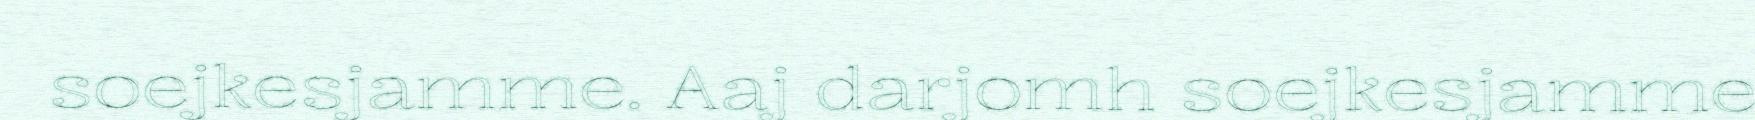
soejkesjamme. Aaj darjomh soejkesjamme